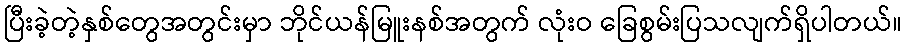
ပြီးခဲ့တဲ့နှစ်တွေအတွင်းမှာ ဘိုင်ယန်မြူးနစ်အတွက် လုံးဝ ခြေစွမ်းပြသလျက်ရှိပါတယ်။